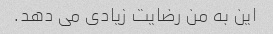
این به من رضایت زیادی می دهد.